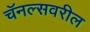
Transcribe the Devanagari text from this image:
चॅनल्सवरील